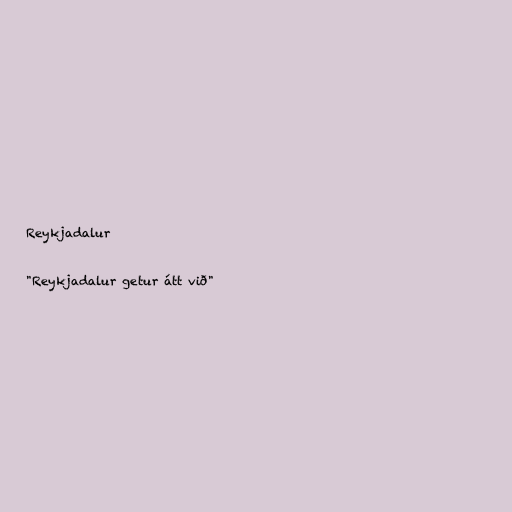
Reykjadalur

"Reykjadalur getur átt við"